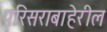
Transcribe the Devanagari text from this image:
परिसराबाहेरील